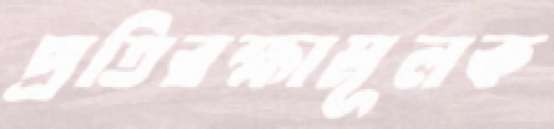
প্রতিরক্ষামূলক